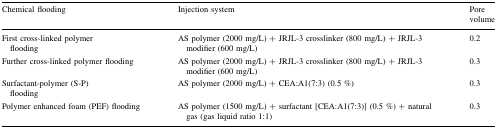
<table><thead><tr><td><b>Chemical flooding</b></td><td><b>Injection system</b></td><td><b>Pore volume</b></td></tr></thead><tbody><tr><td>First cross-linked polymer flooding</td><td>AS polymer (2000 mg/L) + JRJL-3 crosslinker (800 mg/L) + JRJL-3 modifier (600 mg/L)</td><td>0.2</td></tr><tr><td>Further cross-linked polymer flooding</td><td>AS polymer (2000 mg/L) + JRJL-3 crosslinker (800 mg/L) + JRJL-3 modifier (600 mg/L)</td><td>0.3</td></tr><tr><td>Surfactant-polymer (S-P) flooding</td><td>AS polymer (2000 mg/L) + CEA:A1(7:3) (0.5 %)</td><td>0.3</td></tr><tr><td>Polymer enhanced foam (PEF) flooding</td><td>AS polymer (1500 mg/L) + surfactant [CEA:A1(7:3)] (0.5 %) + natural gas (gas liquid ratio 1:1)</td><td>0.3</td></tr></tbody></table>